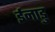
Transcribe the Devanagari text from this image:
ईनाडु